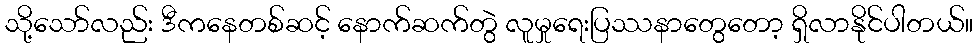
သို့သော်လည်း ဒီကနေတစ်ဆင့် နောက်ဆက်တွဲ လူမှုရေးပြဿနာတွေတော့ ရှိလာနိုင်ပါတယ်။